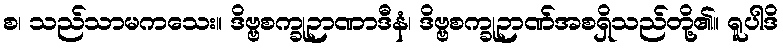
စ၊ သည်သာမကသေး။ ဒိဗ္ဗစက္ခုဉာဏာဒီနံ၊ ဒိဗ္ဗစက္ခုဉာဏ်အစရှိသည်တို့၏။ ရူပါဒိ